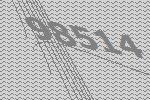
98514